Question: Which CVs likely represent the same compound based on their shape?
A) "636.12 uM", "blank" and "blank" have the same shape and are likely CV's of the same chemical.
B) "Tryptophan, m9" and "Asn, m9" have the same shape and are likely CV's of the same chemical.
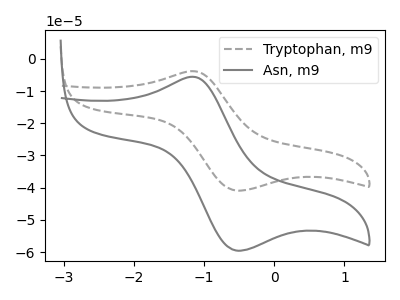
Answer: <think>The gray dashed curve "Tryptophan, m9" has an anodic peak at (-1.15V, -3.85uA) and a cathodic peak at (-0.55V, -40.90uA). The gray curve "Asn, m9" has an anodic peak at (-1.15V, -5.55uA) and a cathodic peak at (-0.55V, -59.50uA).
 All the peaks in "Tryptophan, m9" have a peak in "Asn, m9" at the same potential.</think>
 <answer>B) "Tryptophan, m9" and "Asn, m9" have the same shape and are likely CV's of the same chemical.</answer>
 <eval>B</eval>